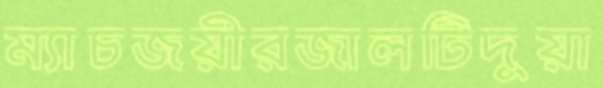
ম্যাচজয়ীরজালটিদুয়া